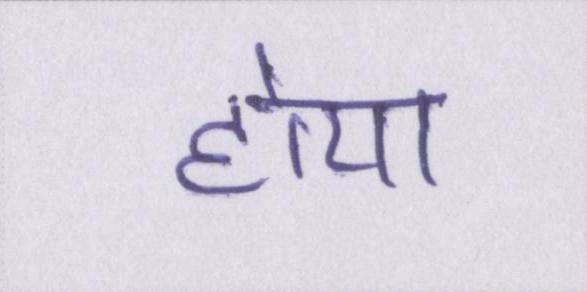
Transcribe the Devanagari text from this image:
होया